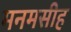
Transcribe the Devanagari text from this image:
मनमसीह